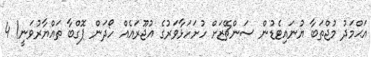
އަޙްމަދު މުޖްތަބާ ޔުނައިޓެޑުން ސަންޗޭޒަށް ހުށަހަޅާވަރުގެ އުޖޫރައެއް ހޯދަން ޕޮގްބާ ތައްޔާރުވަނީ! 4